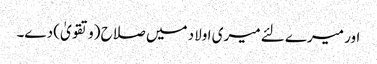
اور میرے لئے میری اولاد میں صلاح (وتقویٰ) دے۔